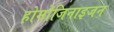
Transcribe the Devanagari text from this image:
होमोजिनाइजन